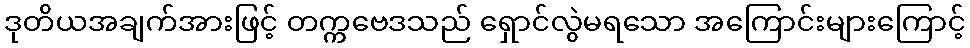
ဒုတိယအချက်အားဖြင့် တက္ကဗေဒသည် ရှောင်လွဲမရသော အကြောင်းများကြောင့်